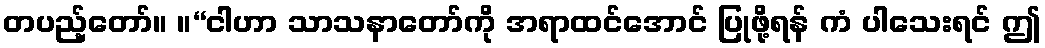
တပည့်တော်။ ။“ငါဟာ သာသနာတော်ကို အရာထင်အောင် ပြုဖို့ရန် ကံ ပါသေးရင် ဤ